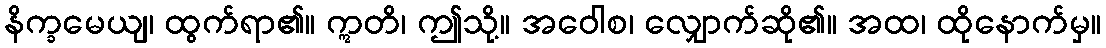
နိက္ခမေယျ၊ ထွက်ရာ၏။ ဣတိ၊ ဤသို့။ အဝေါစ၊ လျှောက်ဆို၏။ အထ၊ ထိုနောက်မှ။